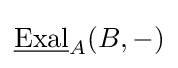
{\underline {\text{Exal}}}_{A}(B,-)